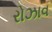
રોઝાવ